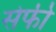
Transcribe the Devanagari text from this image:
सेफी